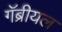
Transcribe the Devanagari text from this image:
गॅब्रीयल